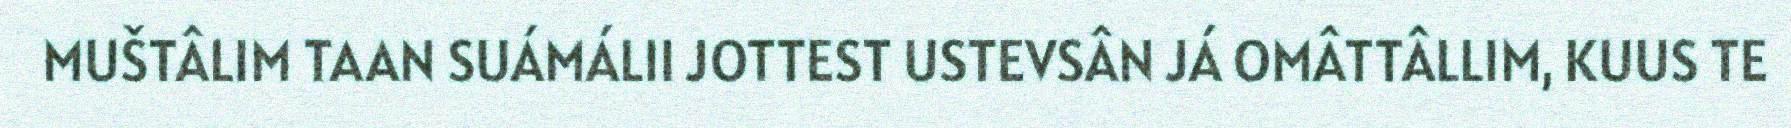
MUŠTÂLIM TAAN SUÁMÁLII JOTTEST USTEVSÂN JÁ OMÂTTÂLLIM, KUUS TE